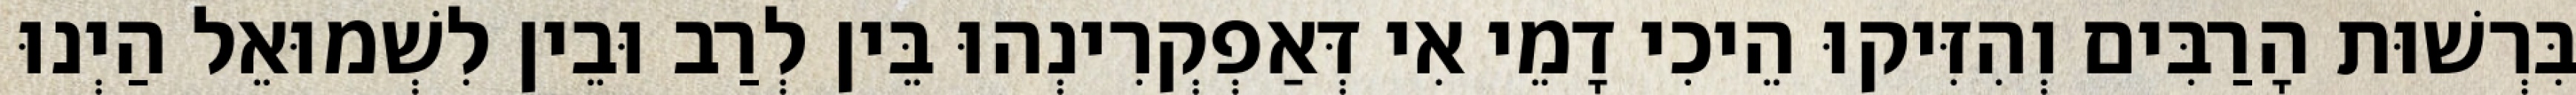
בִּרְשׁוּת הָרַבִּים וְהִזִּיקוּ הֵיכִי דָמֵי אִי דְּאַפְקְרִינְהוּ בֵּין לְרַב וּבֵין לִשְׁמוּאֵל הַיְנוּ